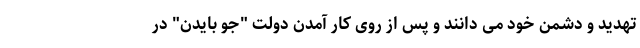
تهدید و دشمن خود می دانند و پس از روی کار آمدن دولت "جو بایدن" در